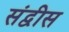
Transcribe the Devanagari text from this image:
संद्वीस